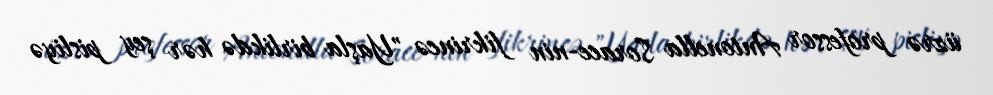
üzrə professor Antonella Sorace-nin fikrincə "Yaşla birlikdə hər şey pisliyə